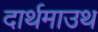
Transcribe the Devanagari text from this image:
दार्थमाउथ